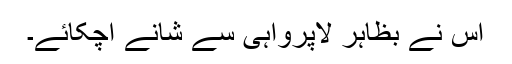
اس نے بظاہر لاپرواہی سے شانے اچکائے۔